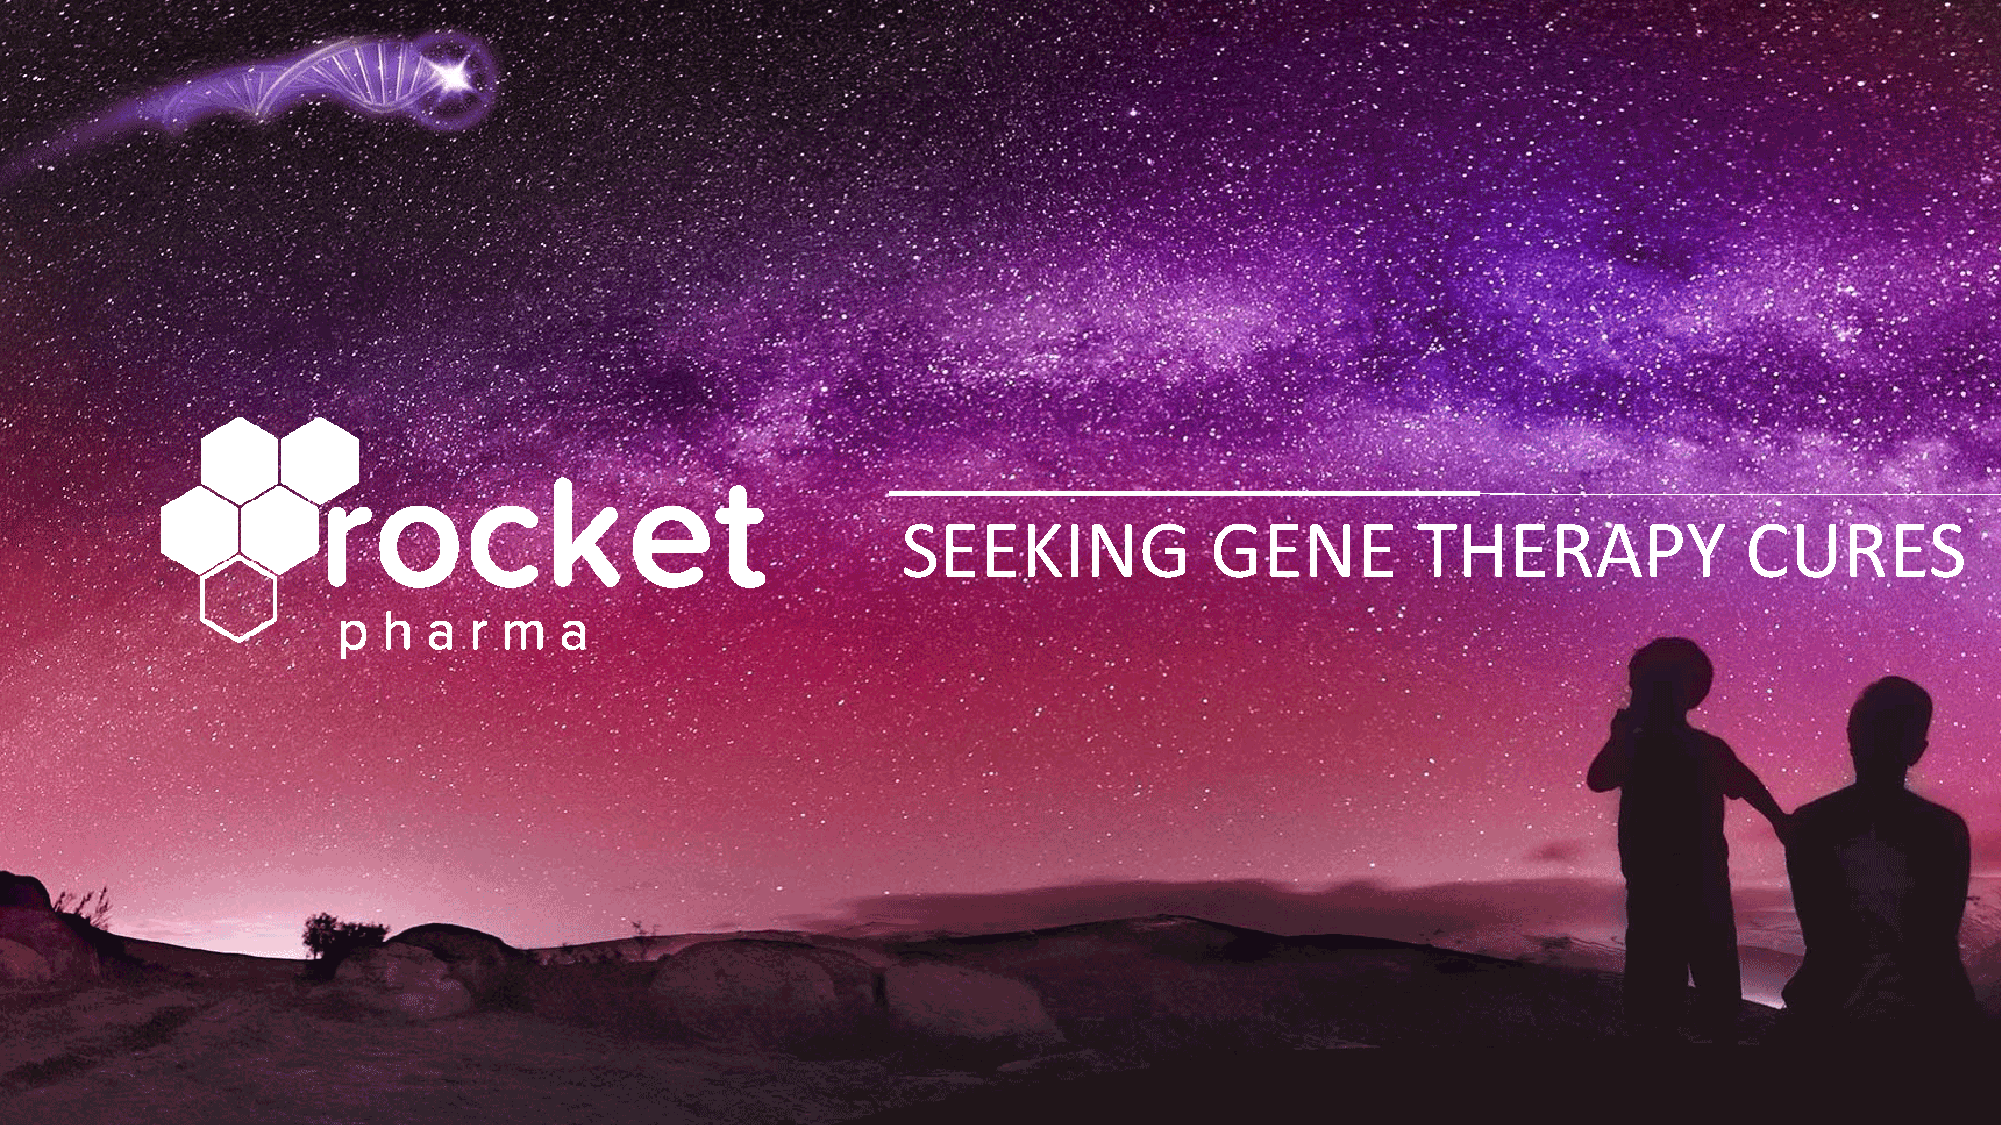
INVESTOR                    DECK
 INVESTOR            DECK                       SEEKING             GENE          THERAPY              CURES
 INVESTOR                    DECK